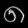
Digit: ၈